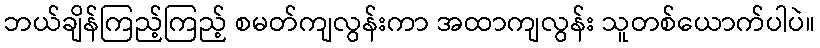
ဘယ်ချိန်ကြည့်ကြည့် စမတ်ကျလွန်းကာ အထာကျလွန်း သူတစ်ယောက်ပါပဲ။